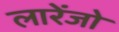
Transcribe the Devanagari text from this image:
लारेंजो